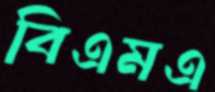
বিএমএ